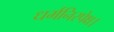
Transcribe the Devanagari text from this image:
धर्मनिरपेक्ष।